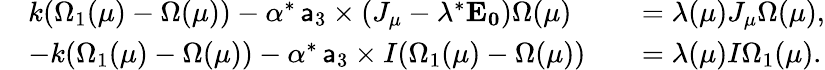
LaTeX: \begin{array}{rlrl}&{k(\Omega_{1}(\mu)-\Omega(\mu))-\alpha^{*}\, \mathsf{a}_{3}\times(J_{\mu}-\lambda^{*}\mathbf{E_{0}})\Omega(\mu)}&&{=\lambda(\mu)J_{\mu}\Omega(\mu),}\\ &{-k(\Omega_{1}(\mu)-\Omega(\mu))-\alpha^{*}\, \mathsf{a}_{3}\times I(\Omega_{1}(\mu)-\Omega(\mu))}&&{=\lambda(\mu)I\Omega_{1}(\mu).}\end{array}